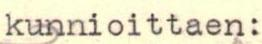
kunnioittaen: